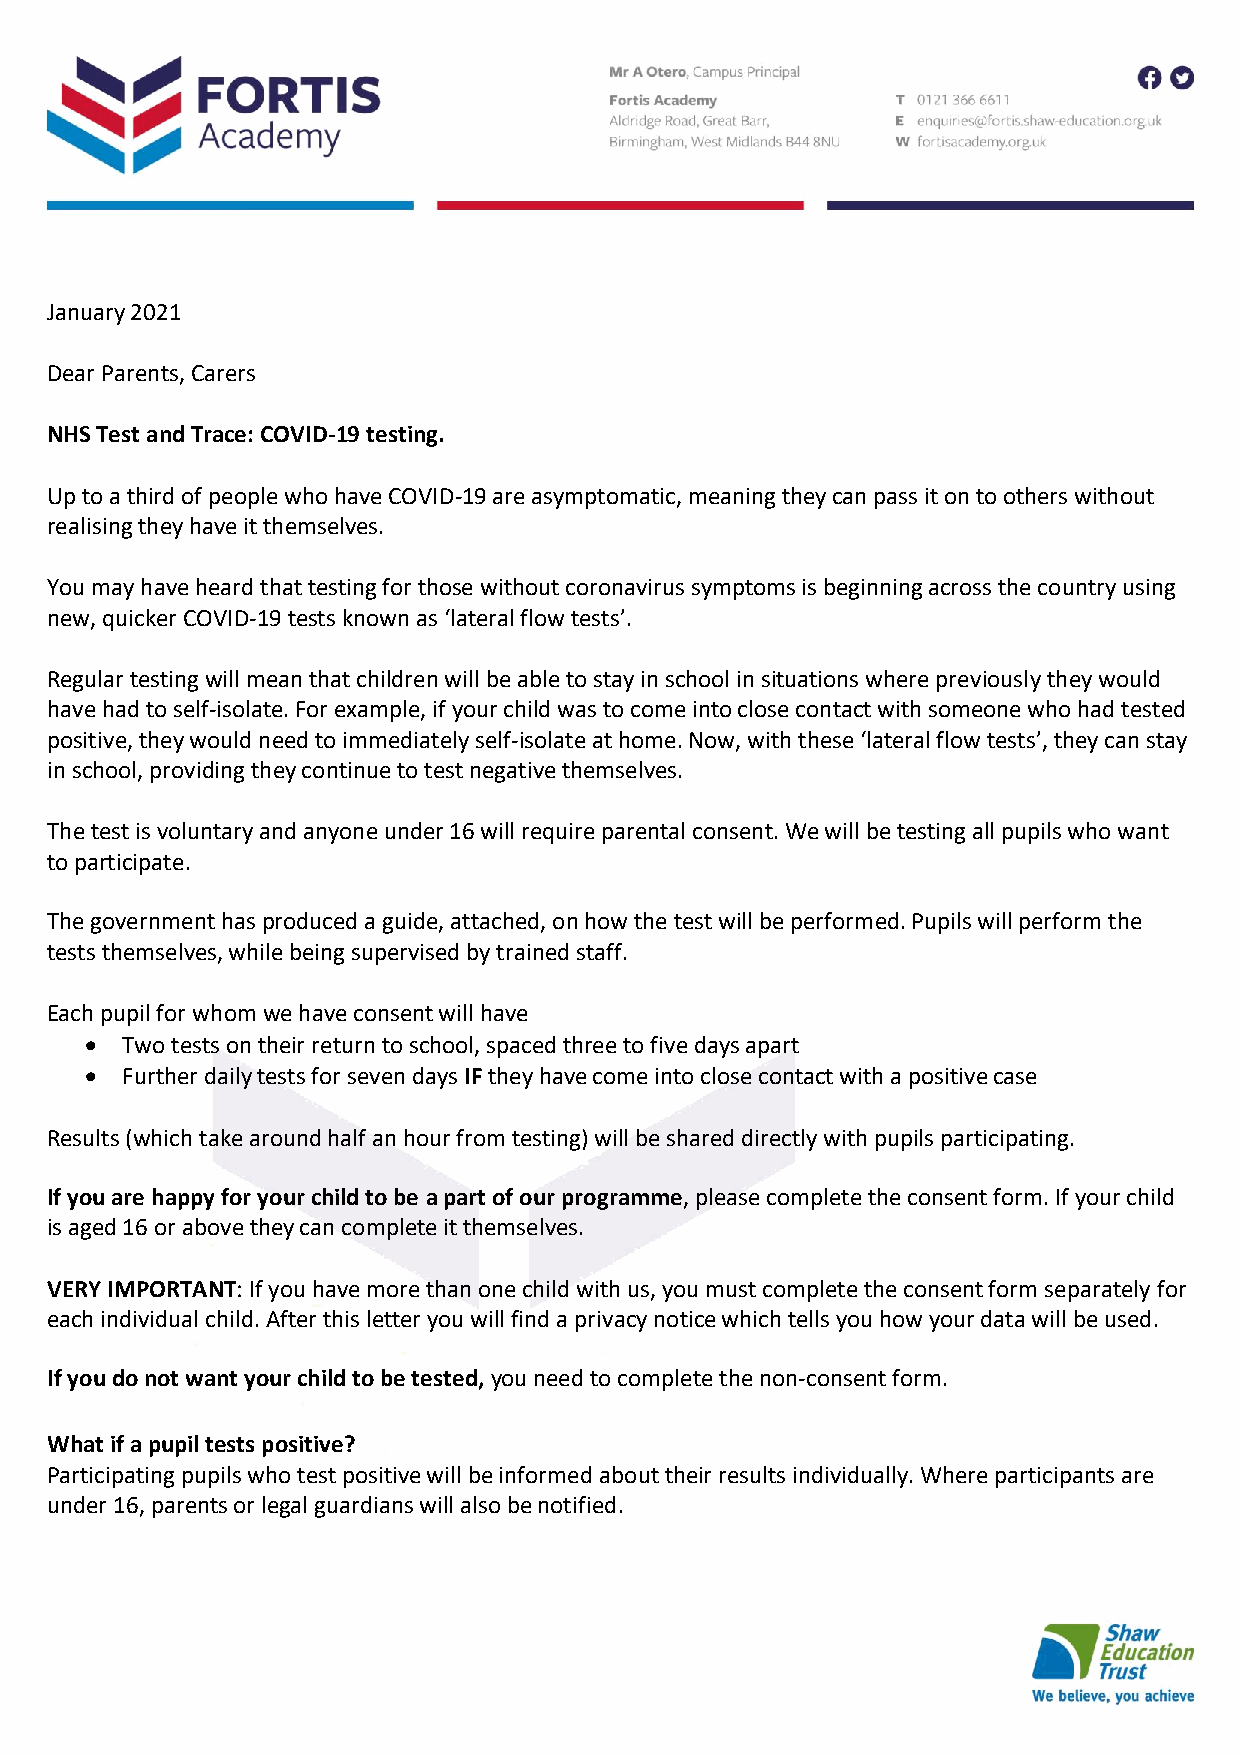
January 2021
 Dear Parents, Carers
 NHS Test and Trace: COVID-19 testing.
 Up to a third of people who have COVID-19 are asymptomatic, meaning they can pass it on to others without
 realising they have it themselves.
 You may have heard that testing for those without coronavirus symptoms is beginning across the country using
 new, quicker COVID-19 tests known as ‘lateral flow tests’.
 Regular testing will mean that children will be able to stay in school in situations where previously they would
 have had to self-isolate. For example, if your child was to come into close contact with someone who had tested
 positive, they would need to immediately self-isolate at home. Now, with these ‘lateral flow tests’, they can stay
 in school, providing they continue to test negative themselves.
 The test is voluntary and anyone under 16 will require parental consent. We will be testing all pupils who want
 to participate.
 The government has produced a guide, attached, on how the test will be performed. Pupils will perform the
 tests themselves, while being supervised by trained staff.
 Each pupil for whom we have consent will have
 • Two tests on their return to school, spaced three to five days apart
 • Further daily tests for seven days IF they have come into close contact with a positive case
 Results (which take around half an hour from testing) will be shared directly with pupils participating.
 If you are happy for your child to be a part of our programme, please complete the consent form. If your child
 is aged 16 or above they can complete it themselves.
 VERY IMPORTANT: If you have more than one child with us, you must complete the consent form separately for
 each individual child. After this letter you will find a privacy notice which tells you how your data will be used.
 If you do not want your child to be tested, you need to complete the non-consent form.
 What if a pupil tests positive?
 Participating pupils who test positive will be informed about their results individually. Where participants are
 under 16, parents or legal guardians will also be notified.